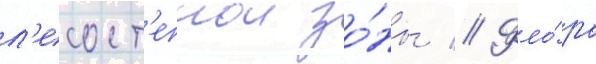
л'есост'епнои зо́ны // Фло́ра